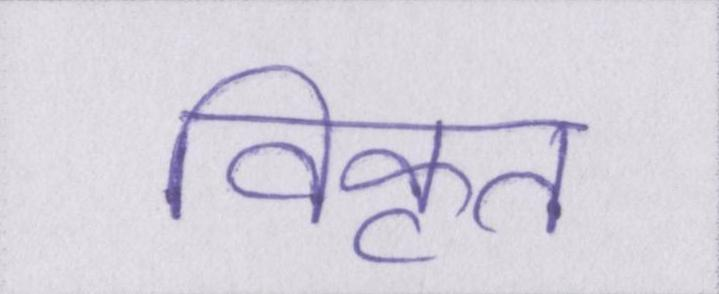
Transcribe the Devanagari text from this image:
विकृत